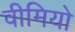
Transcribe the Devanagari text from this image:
वीमियो